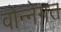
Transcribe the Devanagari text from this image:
वोन्नेगत